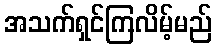
အသက်ရှင်ကြလိမ့်မည်